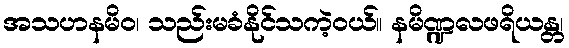
အသဟနမိဝ၊ သည်းမခံနိုင်သကဲ့ဝယ်။ နမိဏ္ဍလဖရိယန္တ၊